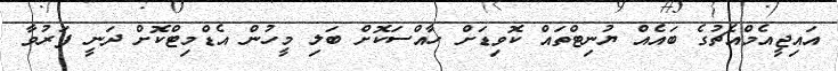
އައިޖީއެމްއެޗުގެ ބައެއް ޔުނިޓްތައް ކޮވިޑަށް ހާއްސަކޮށް ބަލި މީހުން އެޑްމިޓްކޮށް ދަނީ ފަރުވާ